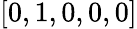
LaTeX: [0,1,0,0,0]